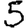
Digit: 5